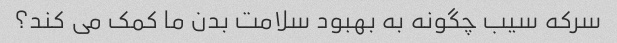
سرکه سیب چگونه به بهبود سلامت بدن ما کمک می کند؟